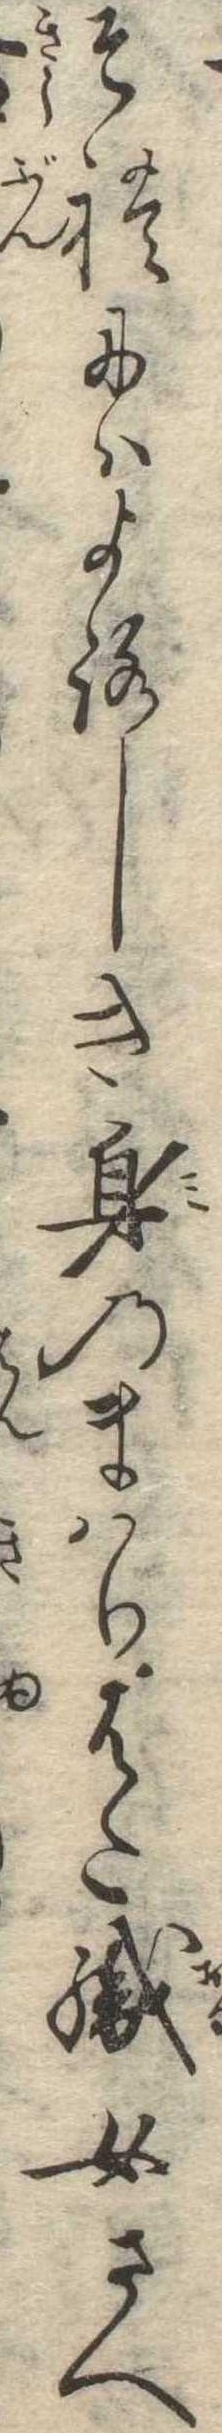
それにはよろしき身のまはりはた織女さへ